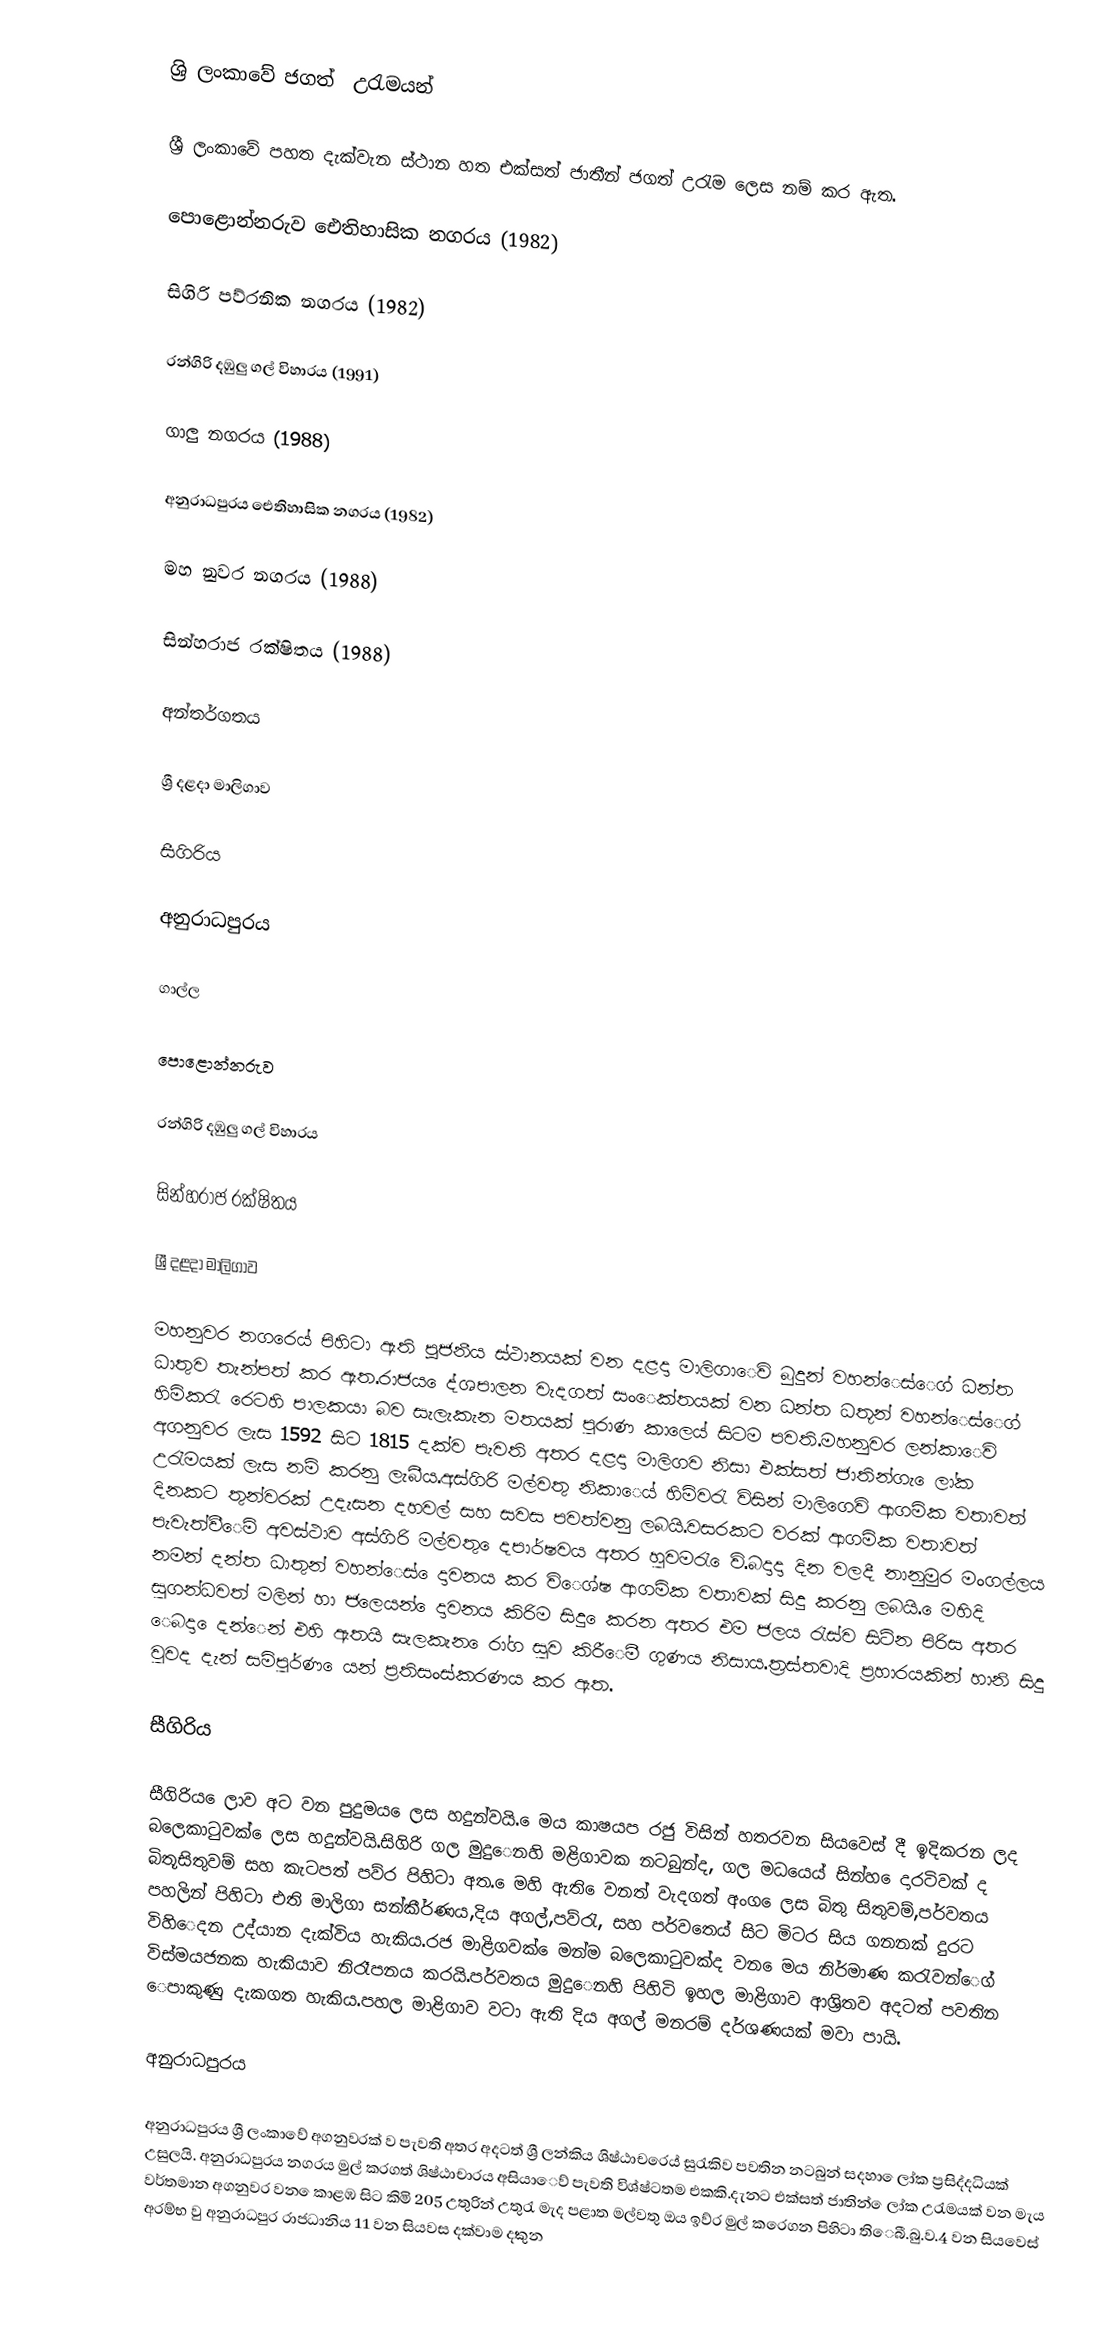
ශ්‍රි ලංකා‍වේ ජගත් ‍ උරැමයන්

ශ්‍රී ලංකා‌වේ ‌පහත දැක්වැන ස්ථාන හත එක්සත් ජාතීන් ජගත් උරැම ලෙස නම් කර ඇත.

 පොළොන්නරුව ඓතිහාසික නගරය (1982)

 සිගිරි පව්රනික නගරය (1982)

 රන්ගිරි දඹුලු ගල් විහාරය (1991)

 ගාලු නගරය (1988)

 අනුරාධපුරය ඓතිහාසික නගරය (1982)

 මහ නුවර නගරය (1988)

 සින්හරාජ රක්ෂිතය (1988)

අන්තර්ගතය

 ශ්‍රී දළදා මාලිගාව

 සීගිරිය

 අනුරාධපුරය

 ගාල්ල

 පොළොන්නරුව

 රන්ගිරි දඹුලු ගල් විහාරය

 සින්හරාජ රක්ෂිතය

ශ්‍රී දළදා මාලිගාව

මහනුවර නගරෙය් පිහිටා ඇති පූජනීය ස්ථානයක් වන දළදා මාලිගා‍ෙවි බුදුන් වහන්‍‍ෙස්ෙග් ධන්ත ධාතුව තැන්පත් කර ඇත.රාජය ‍ෙද්ශපාලන වැදගත් සංෙක්තයක් වන ධන්ත ධතූන්  වහන්‍ෙස්ෙග් හිමිකරැ ර‍ෙටහි පාලකයා බව සැලැකැන මතයක් පුරාණ කාල‍ෙය් සිටම පවති.මහනුවර ලන්කාෙවි අගනුවර ලැස 1592 සිට 1815 දක්ව පැවති අතර දළදා මාලිගව නිසා එක්සත් ජාතින්ගැ ෙලා්ක උරැමයක් ලැස නම් කරනු ලැබීය.අස්ගිරි මල්වතු නිකා‍ෙය් හිමිවරැ විසින් මාලිග‍ෙවි ආගමික වතාවත් දිනකට තුන්වරක් උදැසන දහවල් සහ සවස පවත්වනු ලබයි.වසරකට වරක් ආගමික වතාවත් පැවැත්වී‍ෙමි අවස්ථාව අස්ගිරි මල්වතු ‍ෙදපාර්ෂවය අතර හුවමරැ ‍ෙවි.බදාදා දින වලදී නානුමුර මංගල්ලය නමන් දන්ත ධාතුන් වහන්‍ෙස් ෙදාවනය කර වි‍ෙශ්ෂ ආගමික වතාවක් සිදු කරනු ලබයි. ‍ෙමහිදි සුගන්ධවත් මලින් හා ජල‍ෙයන් ‍ෙදාවනය කිරිම සිදු ‍ෙකරන අතර එම ජලය රැස්ව සිටින පිරිස අතර ‍ෙබදා ‍ෙදන්‍‍ෙන් එහි ඇතයි සැලකැන ෙරා්ග සුව කිරී‍ෙමී ගුණය නිසාය.ත්‍රස්තවාදි ප්‍රහාරයකින් හානි සිදු වුවද දැන්  සමිපුර්ණ ‍ෙයන් ප්‍රතිසංස්කරණය කර ඇත.

සීගිරිය

සීගිරිය ෙලාව අට වන පුදුමය ෙලස හදුන්වයි. ‍ෙමය කාෂයප රජු විසින් හතරවන සියව‍ෙස් දී ඉදිකරන ලද බල‍ෙකාටුවක් ‍ෙලස හදුන්වයි.සිගිරි ගල මුදු‍ෙනහි මළිගාවක නටබුන්ද, ගල මධය‍ෙය් සින්හ ෙදාරටිවක් ද බිතූසිතුවම් සහ  කැටපත් පව්ර පිහිටා අත.‍ ‍ෙමහි ඇති  ‍ෙවනත් වැදගත් අංග ‍ෙලස බිතු සිතුවම්,පර්වතය පහලින් පිහිටා එති මාලිගා සන්කීර්ණය,දිය අගල්,පව්රැ, සහ පර්වත‍ෙය් සිට මිටර සිය ගනනක් දුරට විහි‍ෙදන උද්යාන දැක්විය හැකිය.රජ මාළිගවක් ‍ෙමන්ම බල‍ෙකාටුවක්ද වන ‍ෙමය නිර්මාණ කරැව‍න්‍‍‍ෙග් විස්මයජනක හැකියාව නිරෑපනය කරයි.පර්වතය මුදු‍ෙනහි පිහිටි ඉහල මාළිගාව ආශ්‍රිතව අදටත් පවතින ෙපාකුණු දැකගත හැකිය.පහල මාළිගාව වටා ඇති දිය අගල් මනරම් දර්ශණයක් මවා පායි.

අනුරාධපුරය

අනුරාධපුරය ශ්‍රී  ලංකා‌වේ අගනුවරක් ව පැවති අතර අදටත් ශ්‍රී ලන්කිය ශිෂ්ඨාචර‍ෙය් සුරැකිව පවතින නටබුන් සදහා ෙලා්ක ප්‍රසිද්දධියක් උසුලයි. අනුරාධපුරය නගරය මුල් කරගත් ශිෂ්ඨාචාරය අසියා‍ෙව් පැවති විශ්‍ෂ්ටතම එකකි.දැනට එක්සත් ජාතින්  ‍ෙලා්ක උරැමයක් වන මැය වර්තමාන අගනුවර වන ‍ෙකාළඹ සිට කිමි 205 උතුරින් උතුරැ මැද පළාත මල්වතු ඔය ඉව්ර මුල් කර‍ෙගන පිහිටා ති‍ෙබී.බු.ව.4 වන සියව‍ෙස් අරම්භ වු අනුරාධපුර රාජධානිය 11 වන සියවස දක්වාම දකුන